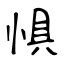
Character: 惧